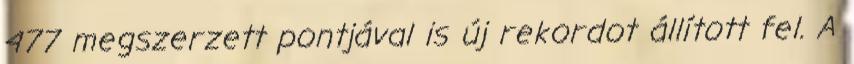
477 megszerzett pontjával is új rekordot állított fel. A